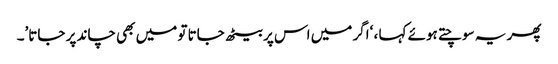
پھر یہ سوچتے ہوئے کہا ، ‘اگر میں اس پر بیٹھ جاتا تو میں بھی چاند پر جاتا’۔